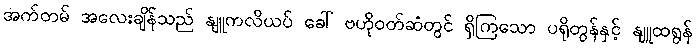
အက်တမ် အလေးချိန်သည် နျူကလိယပ် ခေါ် ဗဟိုဝတ်ဆံတွင် ရှိကြသော ပရိုတွန်နှင့် နျူထရွန်